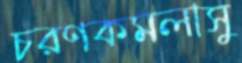
চরণকমলাসু